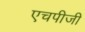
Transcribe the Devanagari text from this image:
एचपीजी